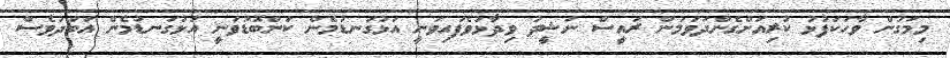
މިމަގުން ވާހަކަފުޅު ކުރިއަށްގެންދަވަމުން ރައީސް ނަޝީދު ވިދާޅުވެފައިވަނީ އަޅުގަނޑުމެން ކަންބޮޑުވަނީ އަޅުގަނޑުމެން އަބަދުވެސް